King Institute of Preventive Medicine Bacteriolog. Section reports 1907-08
Year: 1907
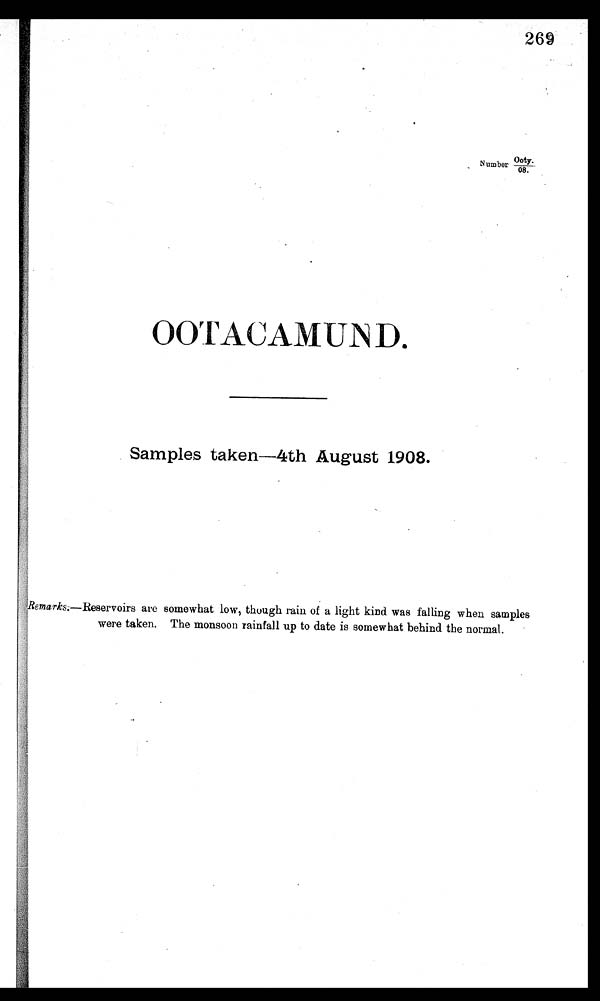
269
N u m b e rDoty.
/08.
OOT ACAMUND
.
Samples taken—4th August 1908.
Remarks.—Reservoirs are somewhat low, though rain of a light kind was falling when samples
were taken. The monsoon rainfall up to date is somewhat behind the normal.